Cholera in India, 1862 to 1881
Year: 1862
Disease focus: Cholera
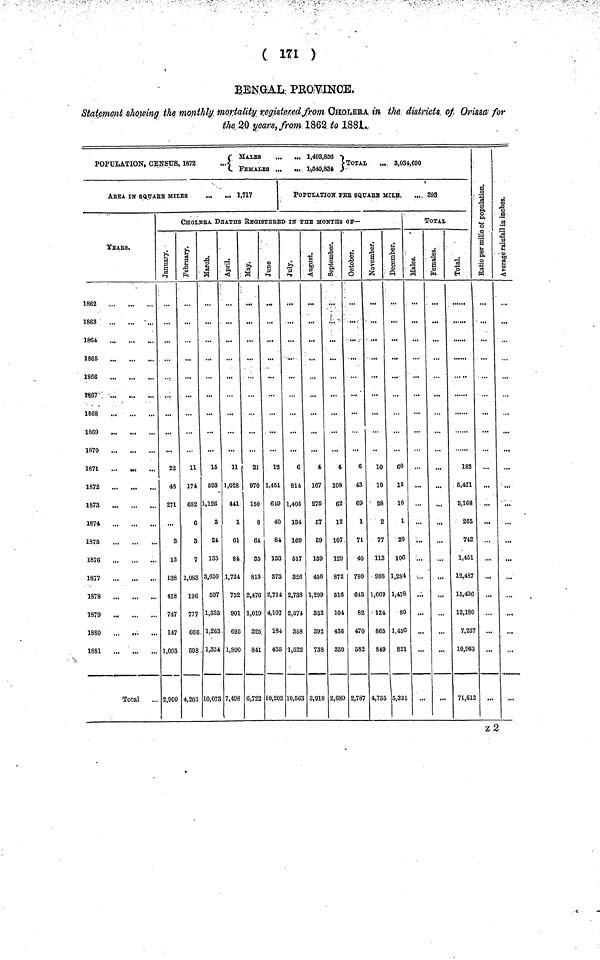
( 1T1 )
BENGAL PROVINCE.
Statement showing the monthly mortality registered from CHOLERA in the districts of Orissa for
the 20 years, from 1862 to 1881
( MALES
...
... 1,493,866 )
POPULATION, CENSUS, 1872
...
TOTAL
.„ 8,034,690
FEMALES
...
.,. l-,540,83
ArEA IN sQUArE MILES
1,717
YEArS.
1862
1863
1864
1865
1866
1867
1868
1869
1870
1871
1872
1873
1874
1875
1876
1877
1878
1879
1880
1881
Total
POPULATIONS PER SQUARE MILE .„, 393
CHOLErA DEATHS REGISTErED IN THE MOnTHs of—
January
22
43
271
8
13
138
418
747
147
1,093
2,900
February
11
174
682
6
8
7
1,083
196
777
666
598
4,203
March
15
593
1,126
3
24
135
3,650
697
1,333
1,263
1,334
10,073
April
11
1,028
441
1
61
84
1,724
752
901
695
1,800
7,498
May
21
970
150
8
64
35
813
2,476
1,019
825
841
6,722
June
12
1,451
619
40
84
133
873
2,714
4,107
184
455
10,20
July
6
814
1,405
134
169
517
826
2,788
2,574
858
1,522
10,56
august
4
167
275
67
69
139
456
1,299
332
392
738
3,918
September
4
108
62
12
107
129
872
616
104
436
330
2,680
Octomber
6
43
69
1
71
40
780
613
82
470
582
2,787
November
10
10
28
2
77
113
988
1,669
124
865
849
4,735
December
60
15
10
1
20
106
1,284
1,478
80
1,456
821
5,331
TOTAL
Males
...
...
...
...
...
...
...
...
...
Females
...
...
...
...
...
...
...
...
...
...
Total
182
5,421
5,168
265
742
1,451
12,487
15,496
12,180
7,25
10,963
71,61
Ratio per mile Population
...
...
...
...
...
...
...
...
...
...
Avrage rainfall
in inches
...
...
...
...
...
...
...
...
...
...
...
...
z2